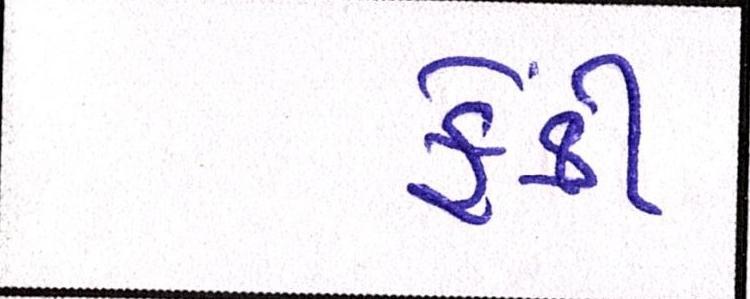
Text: ફેંકી